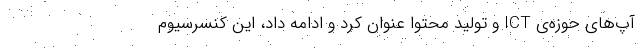
‌آپ‌های حوزه‌ی ICT و تولید محتوا عنوان کرد و ادامه داد، این کنسرسیوم